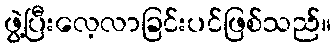
ဖွဲ့ပြီးလေ့လာခြင်းပင်ဖြစ်သည်။